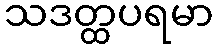
သဒတ္ထပရမာ